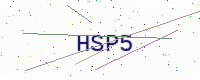
Text: HSP5